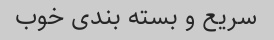
سریع و بسته بندی خوب